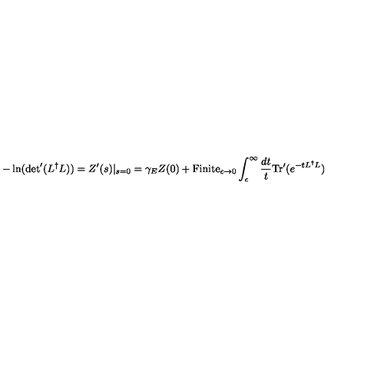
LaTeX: - \ln ( { \det } ^ { \prime } ( L ^ { \dag } L ) ) = Z ^ { \prime } ( s ) | _ { s = 0 } = \gamma _ { E } Z ( 0 ) + { \mathrm { F i n i t e } } _ { \epsilon \rightarrow 0 } \int _ { \epsilon } ^ { \infty } \frac { d t } { t } \mathrm { T r } ^ { \prime } ( e ^ { - t L ^ { \dag } L } )